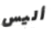
أليس